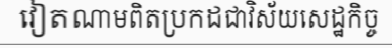
វៀតណាមពិតប្រកដជាវិស័យសេដ្ឋកិច្ច